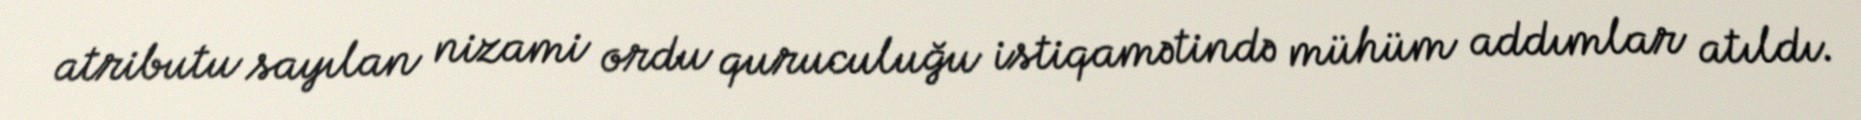
atributu sayılan nizami ordu quruculuğu istiqamətində mühüm addımlar atıldı.